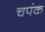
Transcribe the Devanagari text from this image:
चपंक